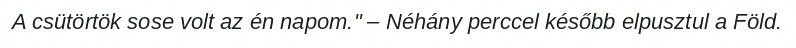
A csütörtök sose volt az én napom." – Néhány perccel később elpusztul a Föld.